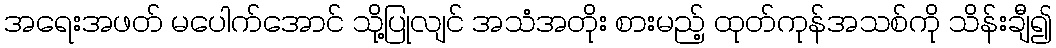
အရေးအဖတ် မပေါက်အောင် သို့ပြုလျင် အသံအတိုး စားမည့် ထုတ်ကုန်အသစ်ကို သိန်းချီ၍